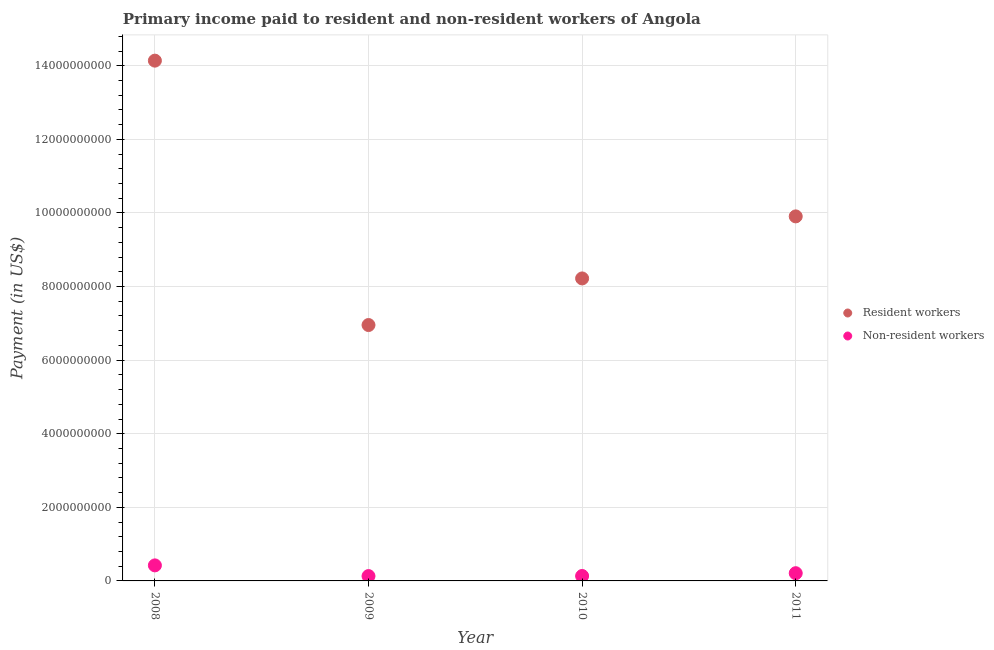
| Year | Resident workers | Non-resident workers |
 | --- | --- | --- |
 | 2008 | 1.41e+10 | 4.22e+08 |
 | 2009 | 6.95e+09 | 1.31e+08 |
 | 2010 | 8.22e+09 | 1.34e+08 |
 | 2011 | 9.91e+09 | 2.1e+08 |